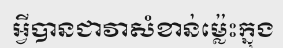
អ្វីបានជាវាសំខាន់ម្ល៉េះក្នុង